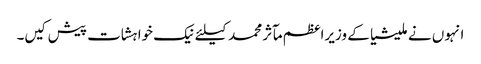
انہوں نے ملیشیا کے وزیراعظم مآثر محمد کیلئے نیک خواہشات پیش کیں۔